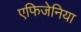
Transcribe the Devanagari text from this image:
एफिजेनिया